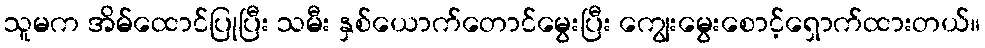
သူမက အိမ်ထောင်ပြုပြီး သမီး နှစ်ယောက်တောင်မွေးပြီး ကျွေးမွေးစောင့်ရှောက်ထားတယ်။